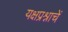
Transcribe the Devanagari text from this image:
यक्षप्रश्नाचें